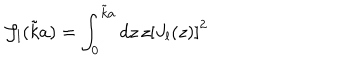
{ \mathcal J _ { l } } ( \tilde { k } a ) = \int _ { 0 } ^ { \tilde { k } a } d z \, z \left[ J _ { l } ( z ) \right] ^ { 2 } \;